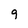
Character: 9